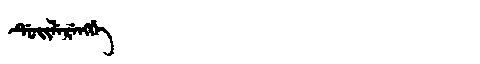
Manchu: ᡩᡠᡳᠯᡝᡵᡝᠩᡤᡝ
Romanization: DUILERENGGE